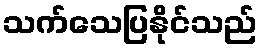
သက်သေပြနိုင်သည်